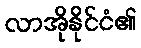
လာအိုနိုင်ငံ၏